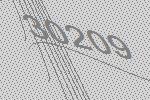
30209